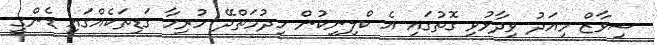
ޝިވާޒް މިއަދު ވިދާޅުވި ގޮތުގައި އެ ކްލިނިކުން ހިދުމަތްދޭ ހުރިހާ ގަޑިތަކެއްގައި ޑެންގީ